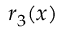
r _ { 3 } ( x )